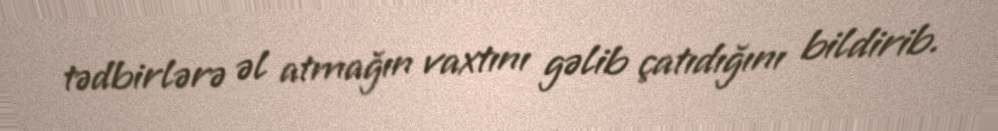
tədbirlərə əl atmağın vaxtını gəlib çatıdığını bildirib.